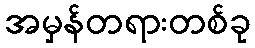
အမှန်တရားတစ်ခု